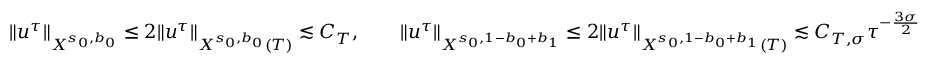
\| u ^ { \tau } \| _ { X ^ { s _ { 0 } , b _ { 0 } } } \leq 2 \| u ^ { \tau } \| _ { X ^ { s _ { 0 } , b _ { 0 } } ( T ) } \lesssim C _ { T } , \qquad \| u ^ { \tau } \| _ { X ^ { s _ { 0 } , 1 - b _ { 0 } + b _ { 1 } } } \leq 2 \| u ^ { \tau } \| _ { X ^ { s _ { 0 } , 1 - b _ { 0 } + b _ { 1 } } ( T ) } \lesssim C _ { T , \sigma } \tau ^ { - \frac { 3 \sigma } 2 }